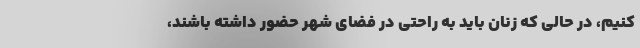
کنیم، در حالی که زنان باید به راحتی در فضای شهر حضور داشته باشند،